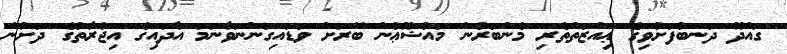
ގައްދޫ ދަނބުފަށުވިގެ ޢިއްޒަތްތެރި މެންބަރުން މައުޟޫޢުން ބޭރަށް ވަޑައިގަންނަވާނަމަ އާދައިގެ އިޖުރާތުގެ ދަށުން